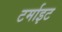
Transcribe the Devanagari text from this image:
टर्माइट